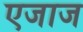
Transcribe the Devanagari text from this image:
एजाज